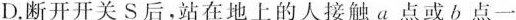
D.断开开关S后，站在地上的人接触a点或b点一